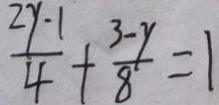
\frac { 2 y - 1 } { 4 } + \frac { 3 - y } { 8 } = 1